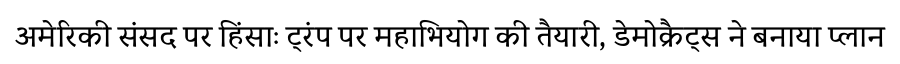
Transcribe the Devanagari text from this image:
अमेरिकी संसद पर हिंसाः ट्रंप पर महाभियोग की तैयारी, डेमोक्रैट्स ने बनाया प्लान